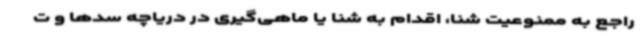
راجع به ممنوعیت شنا، اقدام به شنا یا ماهی‌گیری در دریاچه سدها و ت